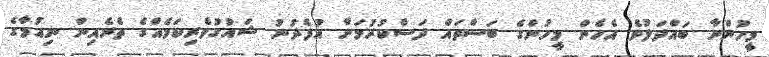
މީހުންނާ ބައްދަލުވެ އެހެން މީހުންގެ ބަސްތައް ދަސްކުރުމަށް އުފެދުނު ޝައުގުވެރިކަމެއްގެ ތެރެއިން ނިއުމާގެ